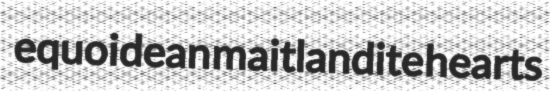
equoidean maitlandite hearts